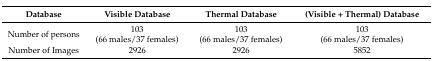
<table><thead><tr><td colspan="2"><b>Database</b></td><td><b>Visible Database</b></td><td><b>Thermal Database</b></td><td><b>(Visible + Thermal) Database</b></td></tr></thead><tbody><tr><td>Number of persons</td><td colspan="2">103(66 males/37 females)</td><td>103(66 males/37 females)</td><td>103(66 males/37 females)</td></tr><tr><td>Number of Images</td><td colspan="2">2926</td><td>2926</td><td>5852</td></tr></tbody></table>